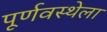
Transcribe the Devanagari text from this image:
पूर्णवस्थेला